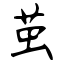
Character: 茧